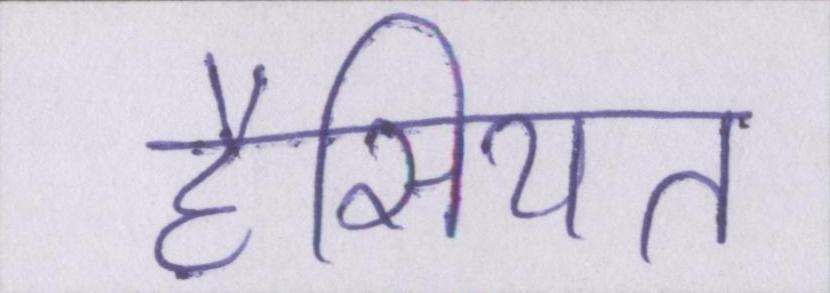
हैसियत